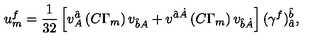
u _ { { m } } ^ { { { f } } } = { \frac { 1 } { 3 2 } } \left[ v _ { { A } } ^ { { \hat { a } } } \left( C \Gamma _ { { m } } \right) v _ { { \hat { b } } { A } } + v ^ { { \hat { a } } { \dot { A } } } \left( C \Gamma _ { { m } } \right) v _ { { \hat { b } } { \dot { A } } } \right] ( \gamma ^ { f } ) _ { { \hat { a } } } ^ { { { \hat { b } } } } ,